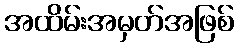
အထိမ်းအမှတ်အဖြစ်